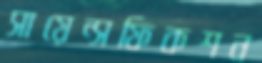
সায়েন্সফিকশন